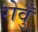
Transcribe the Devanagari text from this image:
रोवुँ